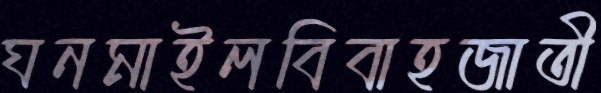
ঘনমাইলবিবাহজাতী